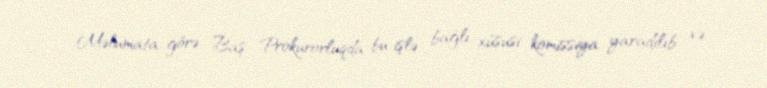
Məlumata görə, Baş Prokurorluqda bu işlə bağlı xüsusi komissiya yaradılıb və